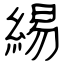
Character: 緆